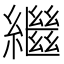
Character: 繼